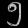
Digit: ၅